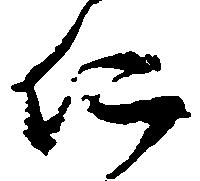
仁